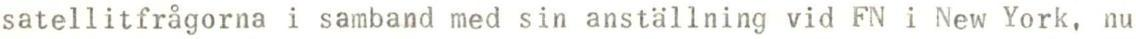
satellitfrågorna i samband med sin anställning vid FN i New York, nu